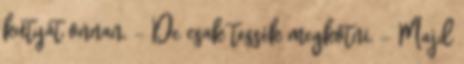
kutyát onnan. - De csak tessék megkötni. - Majd